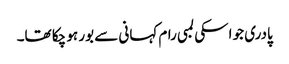
پادری جو اسکی لمبی رام کہانی سے بور ہو چکا تھا۔